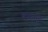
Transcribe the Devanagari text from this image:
बकाळ